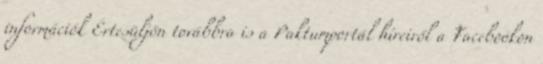
információk Értesüljön továbbra is a Paktumportál híreiről a Facebookon